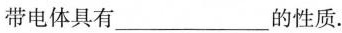
带电体具有___的性质。